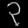
Digit: ၃